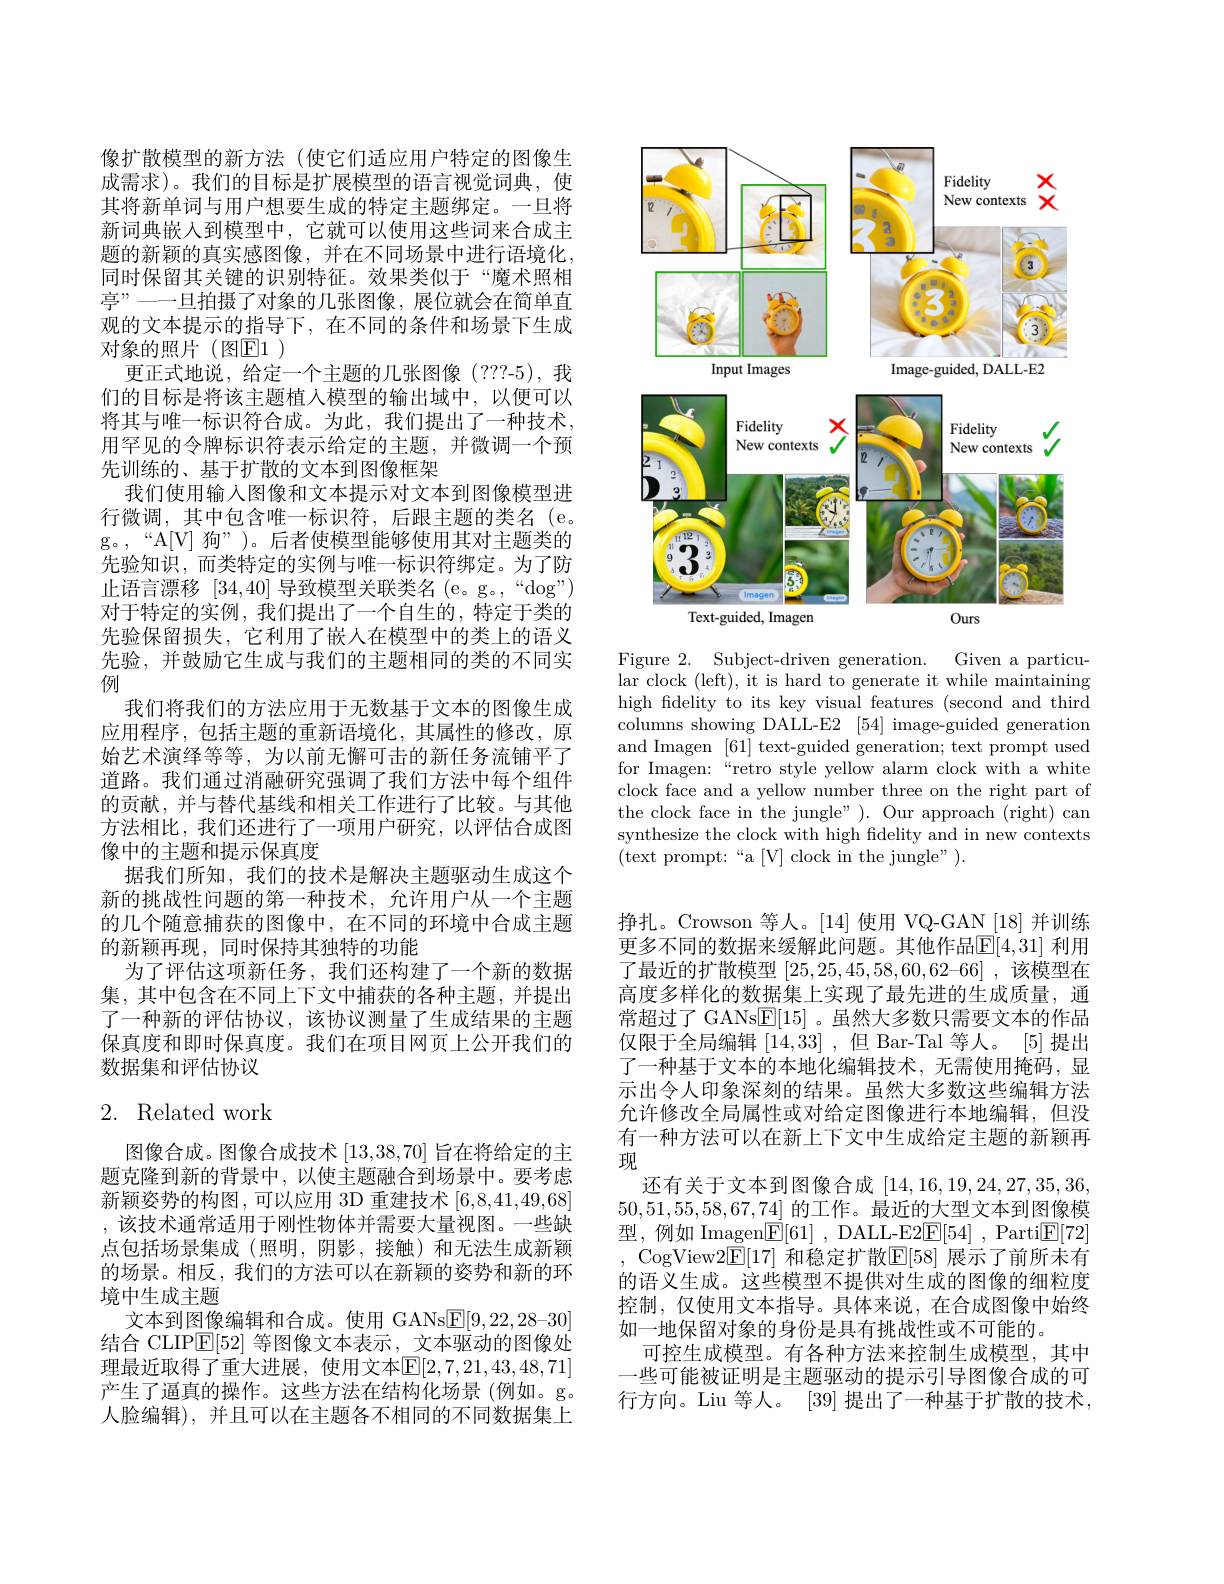
像扩散模型的新方法(使它们适应用户特定的图像生成需求)。我们的目标是扩展模型的语言视觉词典，使其将新单词与用户想要生成的特定主题绑定。一旦将新词典嵌人到模型中，它就可以使用这些词来合成主题的新颖的真实感图像，并在不同场景中进行语境化， 同时保留其关键的识别特征。效果类似于“魔术照相$\textit{亭 ” 一 一 旦 拍 摄 了 对 象 的 几 张 图 像 , 展 位 就 会 在 简 单 直 }$ 观的文本提示的指导下，在不同的条件和场景下生成对象的照片(图E1)
更正式地说，给定一个主题的几张图像(???-5),我们的目标是将该主题植入模型的输出域中，以便可以将其与唯一标识符合成。为此，我们提出了一种技术， 用罕见的令牌标识符表示给定的主题，并微调一个预先训练的、基于扩散的文本到图像框架
我们使用输入图像和文本提示对文本到图像模型进行微调，其中包含唯一标识符，后跟主题的类名(e。g。,“A[V] 狗”)。后者使模型能够使用其对主题类的先验知识，而类特定的实例与唯一标识符绑定。为了防止语言漂移[34,40]导致模型关联类名 (e。g。,“dog") 对于特定的实例，我们提出了一个自生的，特定于类的先验保留损失，它利用了嵌人在模型中的类上的语义先验，并鼓励它生成与我们的主题相同的类的不同实例
我们将我们的方法应用于无数基于文本的图像生成应用程序，包括主题的重新语境化，其属性的修改，原始艺术演绎等等，为以前无懈可击的新任务流铺平了道路。我们通过消融研究强调了我们方法中每个组件的贡献，并与替代基线和相关工作进行了比较。与其他方法相比，我们还进行了一项用户研究，以评估合成图像中的主题和提示保真度
据我们所知，我们的技术是解决主题驱动生成这个新的挑战性问题的第一种技术，允许用户从一个主题的几个随意捕获的图像中，在不同的环境中合成主题的新颖再现，同时保持其独特的功能
为了评估这项新任务，我们还构建了一个新的数据集，其中包含在不同上下文中捕获的各种主题，并提出了一种新的评估协议，该协议测量了生成结果的主题保真度和即时保真度。我们在项目网页上公开我们的数据集和评估协议

## 2. Related work

图像合成。图像合成技术[13,38,70]旨在将给定的主题克隆到新的背景中，以使主题融合到场景中。要考虑新颖姿势的构图，可以应用 3D 重建技术[6,8,41,49,68] ,该技术通常适用于刚性物体并需要大量视图。一些缺点包括场景集成 (照明，阴影，接触)和无法生成新颖的场景。相反，我们的方法可以在新颖的姿势和新的环境中生成主题
文本到图像编辑和合成。使用 GANs$\boxed{\mathrm{E}}[9,22,28-30]$ 结合 CLIP$\boxed{\mathrm{E}}[52]$等图像文本表示，文本驱动的图像处理最近取得了重大进展，使用文本$\mathbb{E}[2,7,21,43,48,71]$ 产生了逼真的操作。这些方法在结构化场景(例如。g。人脸编辑),并且可以在主题各不相同的不同数据集上

<FigureHere>

Figure 2. Subject-driven generation.
Given a particu-
lar clock (left), it is hard to generate it while maintaining high fdelity to its key visual features (second and third columns showing DALL-E2 [54] image-guided generation and Imagen [61] text-guided generation; text prompt used for Imagen:“retro style yellow alarm clock with a white clock face and a yellow number three on the right part of the clock face in the jungle" ). Our approach (right) can synthesize the clock with high fidelity and in new contexts (text prompt:“a[V]clock in the jungle”).

挣扎。Crowson 等人。[14]使用 VQ-GAN [18] 并训练更多不同的数据来缓解此问题。其他作品$\mathbb{E}[4,31]$ 利用了最近的扩散模型$[25,25,45,58,60,62–66]$ ,该模型在高度多样化的数据集上实现了最先进的生成质量，通常超过了 GANs$\underline{\mathrm{E}}[15]$。虽然大多数只需要文本的作品仅限于全局编辑[14,33] ,但 Bar-Tal 等人。[5] 提出了一种基于文本的本地化编辑技术，无需使用掩码，显示出令人印象深刻的结果。虽然大多数这些编辑方法允许修改全局属性或对给定图像进行本地编辑，但没有一种方法可以在新上下文中生成给定主题的新颖再现
还有关于文本到图像合成[14,16,19,24,27,35,36, 50,51,55,58,67,74]的工作。最近的大型文本到图像模型，例如 Imagen$\boxed{\mathrm{F} }[ 61]$ , DALL-E2$\boxed{\mathrm{F} }[ 54]$ , Parti$\boxed{\mathrm{F}}[72]$ , CogView2E[17] 和稳定扩散$\mathbb{E}[58]$ 展示了前所未有的语义生成。这些模型不提供对生成的图像的细粒度控制，仅使用文本指导。具体来说，在合成图像中始终如一地保留对象的身份是具有挑战性或不可能的。
可控生成模型。有各种方法来控制生成模型，其中一些可能被证明是主题驱动的提示引导图像合成的可行方向。Liu 等人。[39] 提出了一种基于扩散的技术，